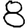
Digit: 8